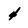
Character: 4